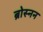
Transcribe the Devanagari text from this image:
ब्रोस्नन